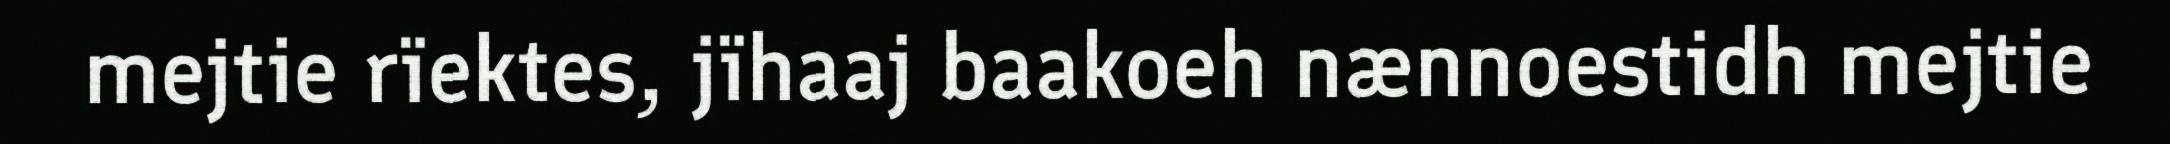
mejtie rïektes, jïhaaj baakoeh nænnoestidh mejtie